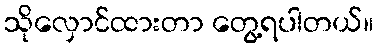
သိုလှောင်ထားတာ တွေ့ရပါတယ်။